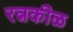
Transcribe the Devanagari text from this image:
रत्नकीळ